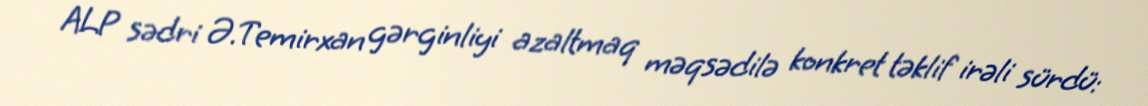
ALP sədri Ə.Temirxan gərginliyi azaltmaq məqsədilə konkret təklif irəli sürdü: